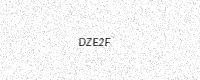
Text: DZE2F